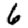
Digit: 6